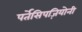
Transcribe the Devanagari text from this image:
पर्तेसिपज़ियोनी